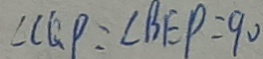
\angle C G P : \angle B E P = 9 0